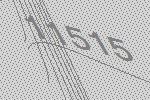
11515